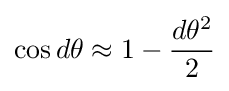
\cos d\theta \approx 1-{\frac {d\theta ^{2}}{2}}